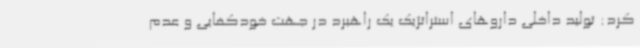
کرد: تولید داخلی داروهای استراتژیک یک راهبرد در جهت خودکفایی و عدم